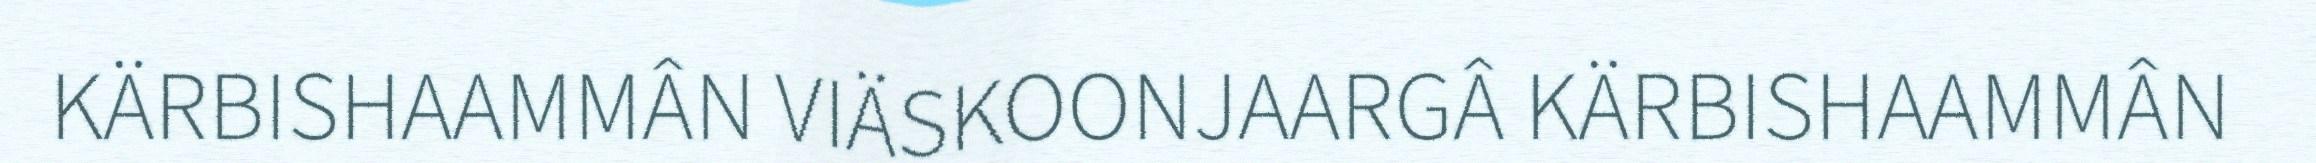
KÄRBISHAAMMÂN VIÄSKOONJAARGÂ KÄRBISHAAMMÂN